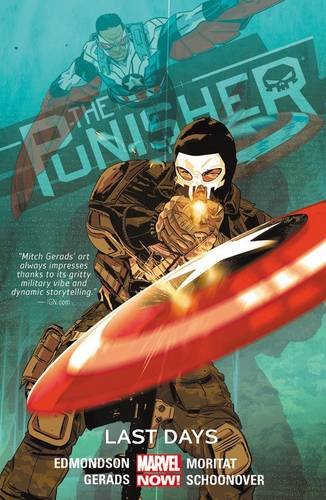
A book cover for The Punisher Vol. 3: Last Days (Punisher: Marvel Now!); Nathan Edmondson; Comics & Graphic Novels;